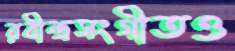
রবীন্দ্রসংগীতও